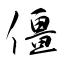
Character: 僵